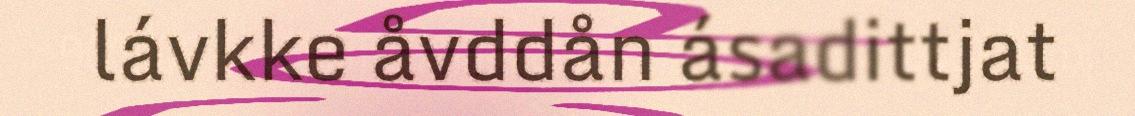
lávkke åvddån ásadittjat